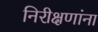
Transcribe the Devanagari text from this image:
निरीक्षणांना